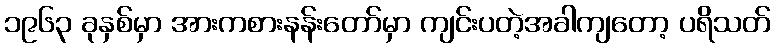
၁၉၆၃ ခုနှစ်မှာ အားကစားနန်းတော်မှာ ကျင်းပတဲ့အခါကျတော့ ပရိသတ်